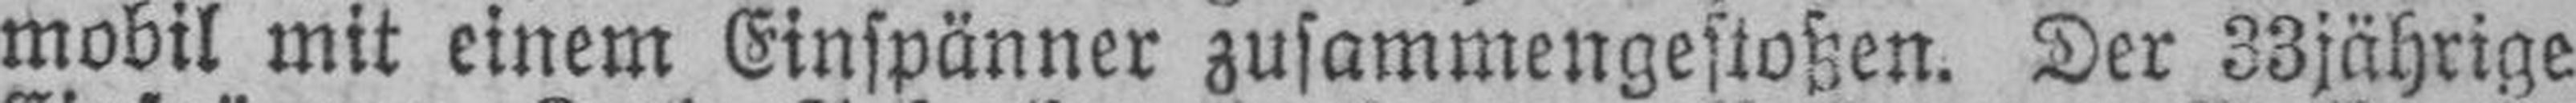
mobil mit einem Einspänner zusammengestoßen. Der 33jährige